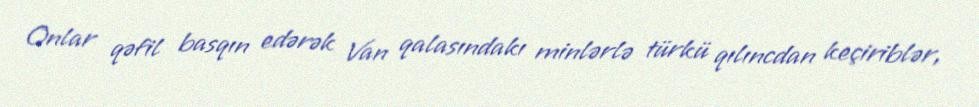
Onlar qəfil basqın edərək Van qalasındakı minlərlə türkü qılıncdan keçiriblər,